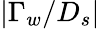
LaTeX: |\Gamma_{w}/D_{s}|